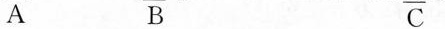
A B C